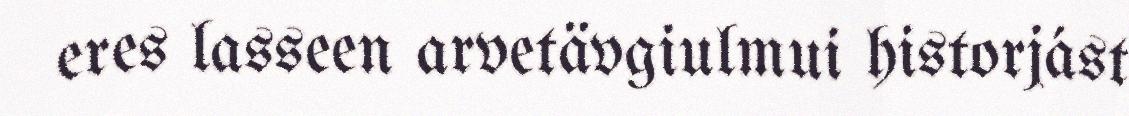
eres lasseen arvetävgiulmui historjást